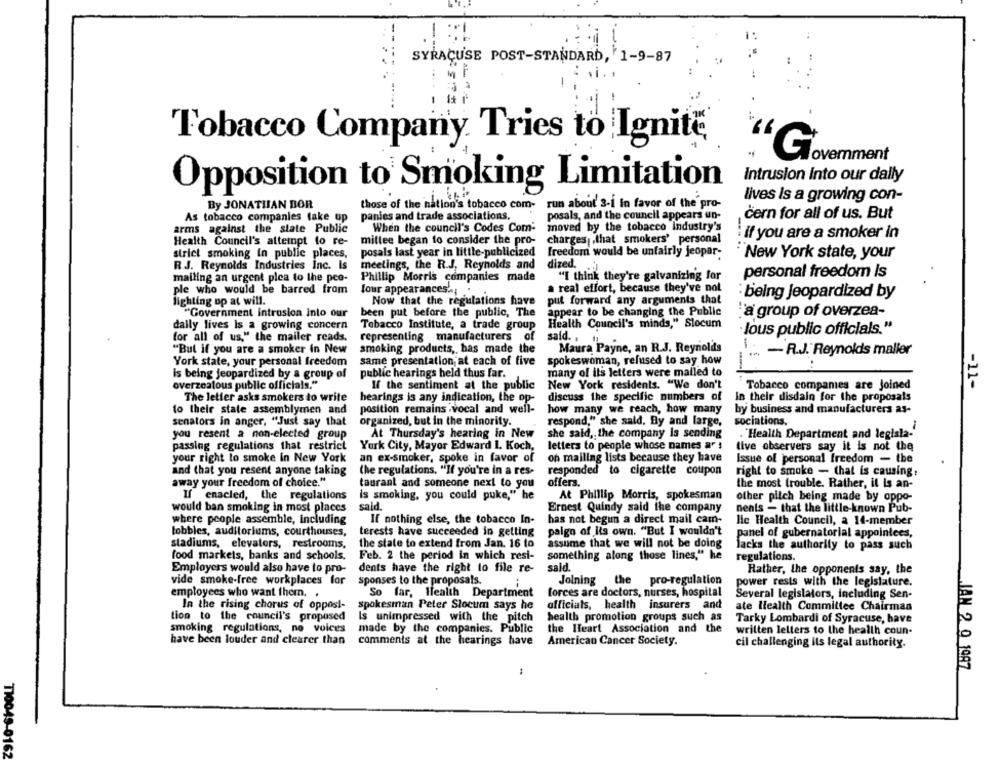
--
-
SYRACUSE POST-STANDARD, 1-9-87
-
Tobacco Company. Tries to Ignite
'G
amment
Intrusion Into our dally
Opposition to Smoking Limitation
lives Is a growing con-
By JONATHAN BOR
those of the nation's tobacco com-
run about 3-1 in favor of the pro-
posals, and the council appears un-
čern for all of us. But
As tobacco companies take up
panies and trade associations.
arms against the state Public
When the council's Codes Com:
moved by the tobacco Industry's
if you are a smoker In
Health Council's attempt to re-
millee began to consider the pro-
charges ,that smokers' personal
strict smoking in public places,
posals last year in little-publicized
freedom would be unfairly jeopar-
New York state, your
R.J. Reynolds Industries Inc. Is
meetings, the R.J. Reynolds and
dized.
"I think they're galvanizing for
personal freedom Is
mailing an urgent plea to the peo-
Phillip Morris companies made
ple who would be barred from
a real effort, because they've not
four appearances. , '
put forward any arguments that
being jeopardized by
lighting op at will.
Now that the regulations have
"Government intrusion into our
been put before the public, The
appear to be changing the Public
"a group of overzea-
daily lives Is a growing concern
Tobacco Institute, a trade group
Health Council's minds," Slocum
lous public officials."
for all of us," the mailer reads.
representing manufacturers of
said. .
"But if you are a smoker in New
smoking products ,, has made the
Maura Payne, an R.J. Reynolds
. - R.J. Reynolds maller
same presentation at each of five
spokeswoman, refused to say how
York state, your personal freedom
is being jeopardized by a group of
public hearings held thus far.
many of ils letters were malled to
overzealous public officials."
If the sentiment at the public
New York residents. "We don't
Tobacco companies are joined
-11-
The letter asks smokers to write
hearings is any indication, the op-
discuss the specific numbers of
In their disdain for the proposals
to their state assemblymen and
position remains .vocal and well-
how many we reach, how many
by business and manufacturers as-
senators in anger, "Just say that
organized, but in the minority.
respond," she said. By and large,
sociations.
you resent a non-elected group
At Thursday's hearing in New
she said, the company Is sending
. "Health Department and legisla-
passing regulations that restrict
York City, Mayor Edward 1. Koch,
letters to people whose names ar :
live observers say it is not the
your right to smoke in New York
an ex-smoker, spoke in favor of
on mailing lists because they have
Issue of personal freedom - the
and that you resent anyone taking
the regulations. "If you're in a res-
responded to cigarette coupon
right to smoke - that is causing.
away your freedom of choice."
offers.
taurant and someone next to you
the most trouble. Rather, it Is an-
If enacled, the regulations
is smoking, you could puke," he
At Phillip Morris, spokesman
other pilch being made by oppo-
would ban smoking in most places
said.
Ernest Quindy said the company
nents - that the little-known Pub-
where people assemble, including
If nothing else, the tobacco In-
has not begun a direct mail cam-
lic Health Council, a 14-member
lobbles, auditoriums, courthouses,
terests have succeeded in getting
paign of its own. "But I wouldn't
panel of gubernatorial appointees,
stadiums, elevators, restrooms,
the state to extend from Jan. 16 to
assume that we will not be doing
lacks the authority to pass such
food markets, banks and schools,
Feb. 2 the period in which resi-
something along those lines," he
regulations.
dents have the right to file re-
sald.
Employers would also have to pro-
Rather, the opponents say, the
vide smoke-free workplaces for
sponses to the proposals.
Jolning
the pro-regulation
power rests with the legislature.
employees who want thern. .
So far, Health Department
forces are doctors, nurses, hospital
Several legislators, including Sen-
In the rising chorus of opposl-
spokesman Peter Slocum says he
officials, health insurers and
ate Health Committee Chairman
tion to the council's proposed
Is unimpressed with the pitch
health promotion groups such as
Tarky Lombardi of Syracuse, have
smoking regulations, no voices
made by the companies. Public
the Heart Association and the
written letters to the health coun-
have been louder and clearer than
comments at the hearings have
American Cancer Society.
cil challenging its legal authority.
JAN 2 0 1087
710045-0162